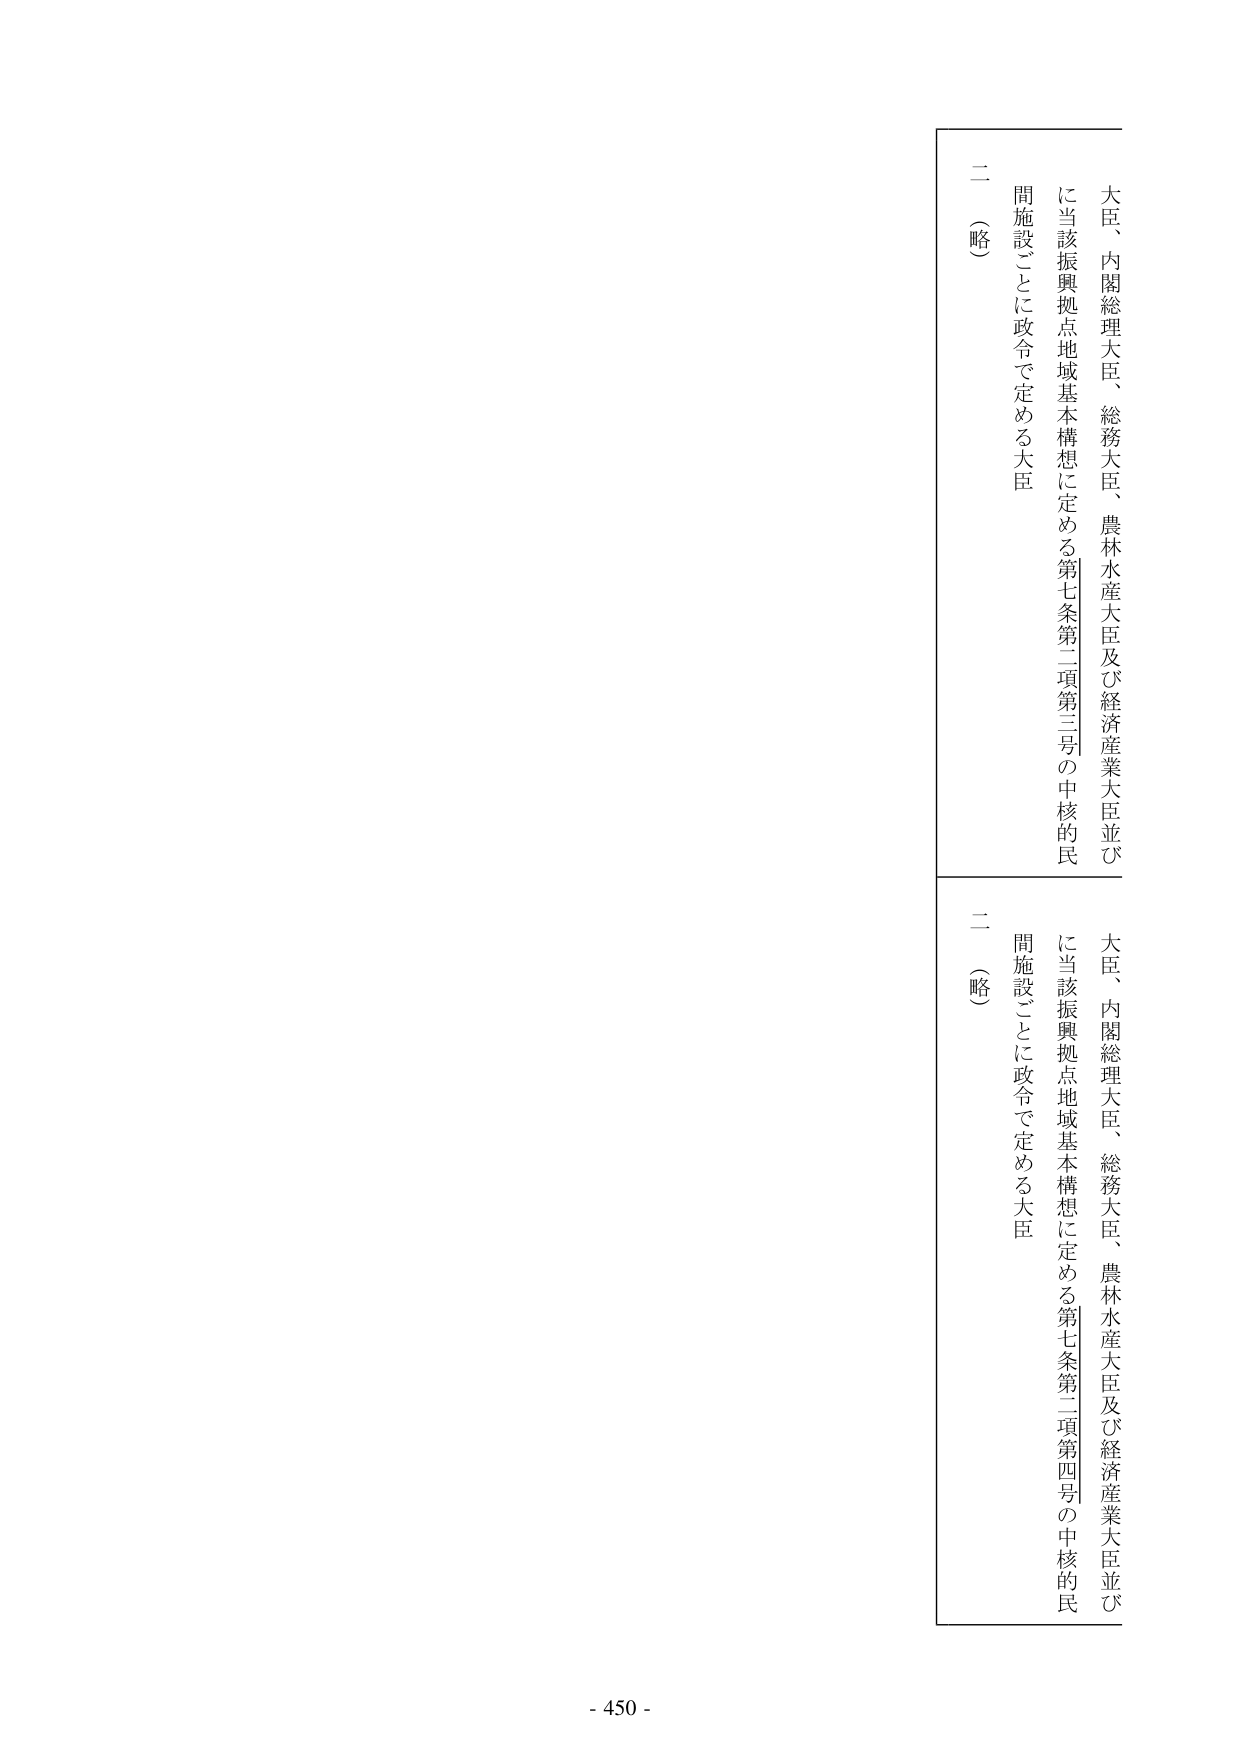
大臣、内閣総理大臣、総務大臣、農林水産大臣及び経済産業大臣並びに当該振興拠点地域基本構想に定める第七条第二項第三号の中核的民間施設ごとに政令で定める大臣
二（略）

大臣、内閣総理大臣、総務大臣、農林水産大臣及び経済産業大臣並びに当該振興拠点地域基本構想に定める第七条第二項第四号の中核的民間施設ごとに政令で定める大臣
二（略）

- 450 -